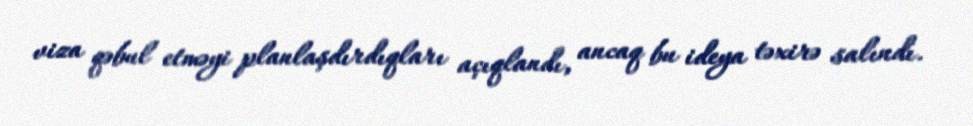
viza qəbul etməyi planlaşdırdıqları açıqlandı, ancaq bu ideya təxirə salındı.